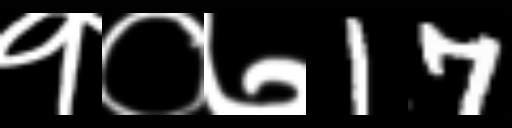
Text: १०७17